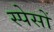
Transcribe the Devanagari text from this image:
स्पेसों